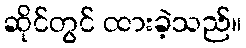
ဆိုင်တွင် ထားခဲ့သည်။